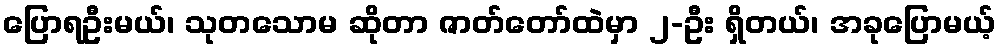
ပြောရဦးမယ်၊ သုတသောမ ဆိုတာ ဇာတ်တော်ထဲမှာ ၂-ဦး ရှိတယ်၊ အခုပြောမယ့်